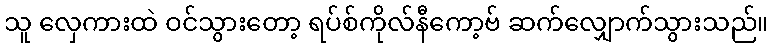
သူ လှေကားထဲ ဝင်သွားတော့ ရပ်စ်ကိုလ်နီကော့ဗ် ဆက်လျှောက်သွားသည်။